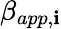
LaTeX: \beta_{app,\mathbf{i}}